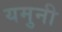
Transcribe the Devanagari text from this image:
यमुनी